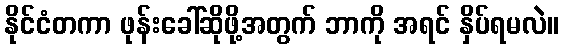
နိုင်ငံတကာ ဖုန်းခေါ်ဆိုဖို့အတွက် ဘာကို အရင် နှိပ်ရမလဲ။